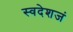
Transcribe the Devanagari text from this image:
स्वदेशजं